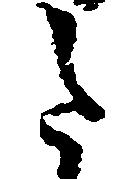
令